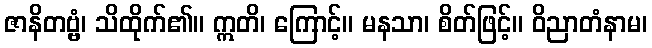
ဇာနိတဗ္ဗံ၊ သိထိုက်၏။ ဣတိ၊ ကြောင့်။ မနသာ၊ စိတ်ဖြင့်။ ဝိညာတံနာမ၊